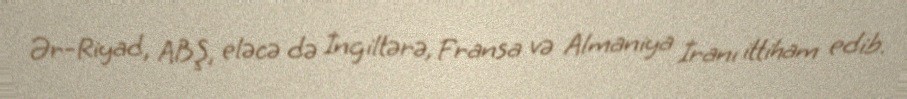
Ər-Riyad, ABŞ, eləcə də İngiltərə, Fransa və Almaniya İranı ittiham edib.